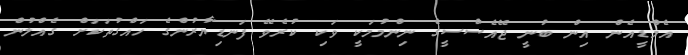
އެމްޑީއެން އިން ބުނީ ޖޭއެެސްސީގެ ނިންމުމަކީ ވަކި ކުރެވޭ ފަނޑިޔާރުންގެ ހައްގުތަކަށް ގެއްލުން